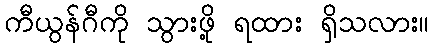
ကီယွန်ဂီကို သွားဖို့ ရထား ရှိသလား။